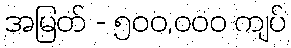
အမြတ် - ၅၀၀,၀၀၀ ကျပ်